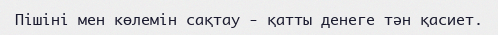
Пішіні мен көлемін сақтау - қатты денеге тән қасиет.